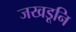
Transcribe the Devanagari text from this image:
जखडूनि